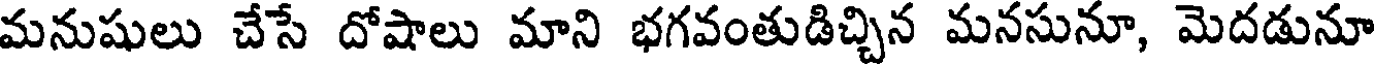
మనుషులు చేసే దోషాలు మాని భగవంతుడిచ్చిన మనసునూ, మెదడునూ